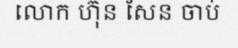
លោក ហ៊ុន សែន ចាប់